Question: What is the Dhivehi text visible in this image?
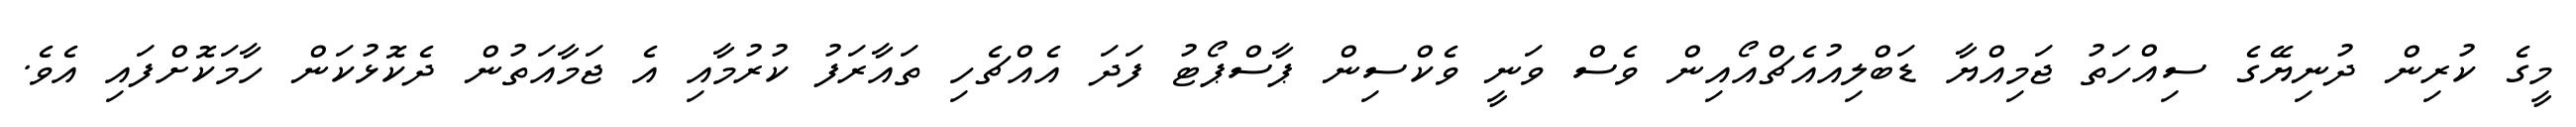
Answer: މީގެ ކުރިން ދުނިޔޭގެ ސިއްހަތު ޖަމިއްޔާ ޑަބްލިއުއެޗްއޯއިން ވެސް ވަނީ ވެކްސިން ޕާސްޕޯޓު ފަދަ އެއްޗެހި ތައާރަފު ކުރުމާއި އެ ޖަމާއަތުން ދެކޮޅުކަން ހާމަކޮށްފައި އެވެ.